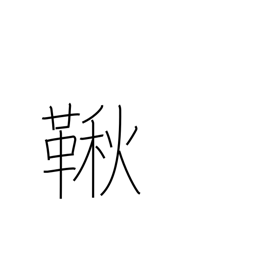
Meaning: swing